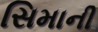
સિમાની